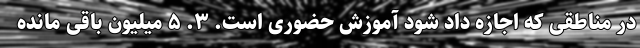
در مناطقی که اجازه داد شود آموزش حضوری است. ۳. ۵ میلیون باقی مانده